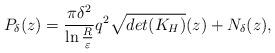
LaTeX: \begin{align*}P_\delta(z)=\frac{\pi\delta^2}{\ln\frac{R}{\varepsilon}}q^2\sqrt{det(K_H)}(z)+N_\delta(z),\end{align*}